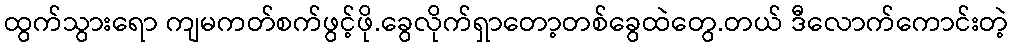
ထွက်သွားရော ကျမကတ်စက်ဖွင့်ဖို.ခွေလိုက်ရှာတော့တစ်ခွေထဲတွေ.တယ် ဒီလောက်ကောင်းတဲ့